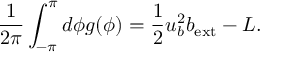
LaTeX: \frac { 1 } { 2 \pi } \int _ { - \pi } ^ { \pi } d \phi g ( \phi ) = \frac { 1 } { 2 } u _ { b } ^ { 2 } b _ { \mathrm { e x t } } - L .